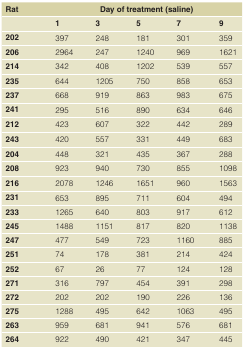
<table><thead><tr><td><b>Rat</b></td><td colspan="5"><b>Day of treatment (saline)</b></td></tr><tr><td></td><td><b>1</b></td><td><b>3</b></td><td><b>5</b></td><td><b>7</b></td><td><b>9</b></td></tr></thead><tbody><tr><td><b>202</b></td><td>397</td><td>248</td><td>181</td><td>301</td><td>359</td></tr><tr><td><b>206</b></td><td>2964</td><td>247</td><td>1240</td><td>969</td><td>1621</td></tr><tr><td><b>214</b></td><td>342</td><td>408</td><td>1202</td><td>539</td><td>557</td></tr><tr><td><b>235</b></td><td>644</td><td>1205</td><td>750</td><td>858</td><td>653</td></tr><tr><td><b>237</b></td><td>668</td><td>919</td><td>863</td><td>983</td><td>675</td></tr><tr><td><b>241</b></td><td>295</td><td>516</td><td>890</td><td>634</td><td>646</td></tr><tr><td><b>212</b></td><td>423</td><td>607</td><td>322</td><td>442</td><td>289</td></tr><tr><td><b>243</b></td><td>420</td><td>557</td><td>331</td><td>449</td><td>683</td></tr><tr><td><b>204</b></td><td>448</td><td>321</td><td>435</td><td>367</td><td>288</td></tr><tr><td><b>208</b></td><td>923</td><td>940</td><td>730</td><td>855</td><td>1098</td></tr><tr><td><b>216</b></td><td>2078</td><td>1246</td><td>1651</td><td>960</td><td>1563</td></tr><tr><td><b>231</b></td><td>653</td><td>895</td><td>711</td><td>604</td><td>494</td></tr><tr><td><b>233</b></td><td>1265</td><td>640</td><td>803</td><td>917</td><td>612</td></tr><tr><td><b>245</b></td><td>1488</td><td>1151</td><td>817</td><td>820</td><td>1138</td></tr><tr><td><b>247</b></td><td>477</td><td>549</td><td>723</td><td>1160</td><td>885</td></tr><tr><td><b>251</b></td><td>74</td><td>178</td><td>381</td><td>214</td><td>424</td></tr><tr><td><b>252</b></td><td>67</td><td>26</td><td>77</td><td>124</td><td>128</td></tr><tr><td><b>271</b></td><td>316</td><td>797</td><td>454</td><td>391</td><td>298</td></tr><tr><td><b>272</b></td><td>202</td><td>202</td><td>190</td><td>226</td><td>136</td></tr><tr><td><b>275</b></td><td>1288</td><td>495</td><td>642</td><td>1063</td><td>495</td></tr><tr><td><b>263</b></td><td>959</td><td>681</td><td>941</td><td>576</td><td>681</td></tr><tr><td><b>264</b></td><td>922</td><td>490</td><td>421</td><td>347</td><td>445</td></tr></tbody></table>